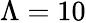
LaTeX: \Lambda=10